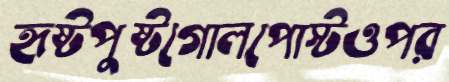
হৃষ্টপুষ্টগোলপোস্টওপর